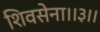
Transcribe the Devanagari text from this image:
शिवसेना।।३।।